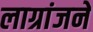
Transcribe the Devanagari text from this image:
लाग्रांजने